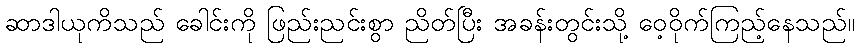
ဆာဒါယုကိသည် ခေါင်းကို ဖြည်းညင်းစွာ ညိတ်ပြီး အခန်းတွင်းသို့ ဝေ့ဝိုက်ကြည့်နေသည်။